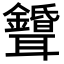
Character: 𦘌